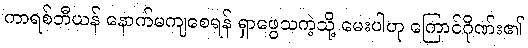
ကာရစ်ဘီယန် နောက်မကျစေရန် ရှာဖွေသကဲ့သို့ မေးပါဟု ကြောင်ဂိုဏ်း၏